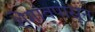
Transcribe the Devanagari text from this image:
शेगांवपासून